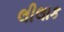
લીલાક